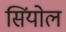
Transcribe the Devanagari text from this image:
सिंयोल